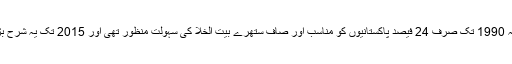
رپورٹس کے مطابق سنہ 1990 تک صرف 24 فیصد پاکستانیوں کو مناسب اور صاف ستھرے بیت الخلا کی سہولت منظور تھی اور 2015 تک یہ شرح بڑھ کر 64 فیصد ہوگئی۔